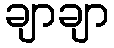
ချာချာ